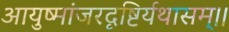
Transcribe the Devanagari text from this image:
आयुष्मांजरदृष्टिर्यथासम्।।